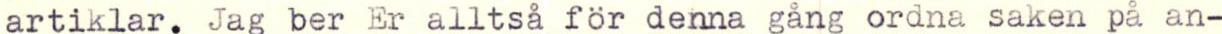
artiklar. Jag ber Er alltså för denna gång ordna saken på an-